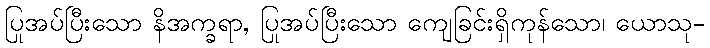
ပြုအပ်ပြီးသော နိအက္ခရာ, ပြုအပ်ပြီးသော ကျေခြင်းရှိကုန်သော၊ ယောသု-